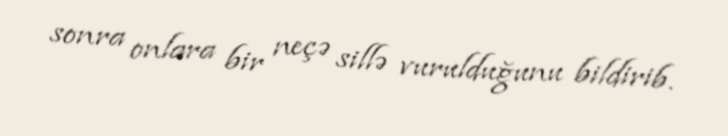
sonra onlara bir neçə sillə vurulduğunu bildirib.